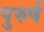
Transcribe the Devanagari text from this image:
पुरुर्ष